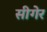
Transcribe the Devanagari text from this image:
सीगेर